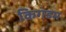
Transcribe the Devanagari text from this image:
किगंडम